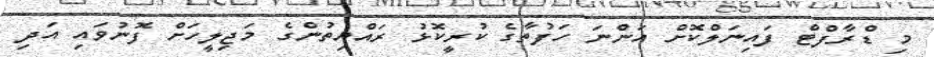
މި ޑްރާފްޓް ފައިނަލްކޮށް އަންނަ ހަފުތާގެ ކުރީކޮޅު ރައްޔިތުންގެ މަޖިލީހަށް ފޮނުވައި އަދި